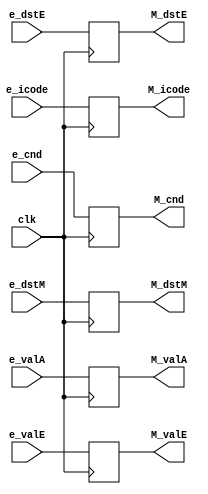
module m_reg_pipe (clk, e_cnd, e_icode, e_valA, e_valE, e_dstE, e_dstM, 
                M_cnd, M_icode, M_valE, M_valA, M_dstE, M_dstM);

input clk, e_cnd;
// input [2:0] e_stat;
input [3:0] e_icode, e_dstE, e_dstM;
input [63:0] e_valA, e_valE;

output reg M_cnd;
// output [2:0] M_stat;
output reg [3:0] M_icode, M_dstE, M_dstM; 
output reg [63:0] M_valE, M_valA;

always @(posedge clk)
    begin
        // M_stat <= e_stat;
        M_cnd <= e_cnd;
        M_icode <= e_icode;
        // M_ifun <= e_ifun;
        // M_rA <= e_rA;
        // M_rB <= e_rB;
        M_valA <= e_valA;
        // M_valB <= e_valB;
        // M_valC <= e_valC;
        // M_valP <= e_valP;
        M_valE <= e_valE;
        M_dstE <= e_dstE;
        M_dstM <= e_dstM;
    end
endmodule